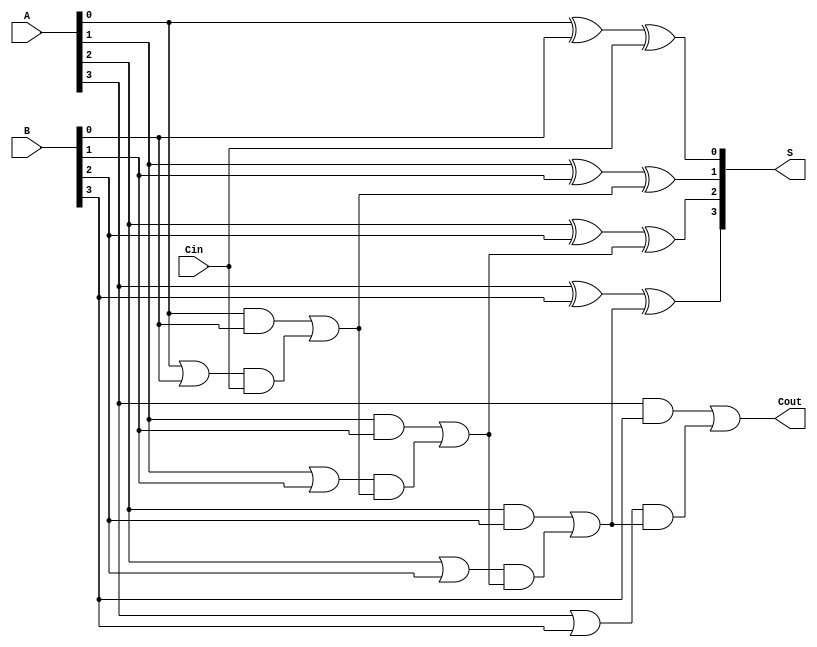
module SklanskyAdder #(parameter n = 4) (
    input [n-1:0] A,
    input [n-1:0] B,
    input Cin,
    output [n-1:0] S,
    output Cout
);

    // Generate and Propagate signals
    wire [n-1:0] G; // Generate
    wire [n-1:0] P; // Propagate
    wire [n:0] C;   // Carry

    // Generate and Propagate calculations
    genvar i;
    generate
        for (i = 0; i < n; i = i + 1) begin : gen_prop
            assign G[i] = A[i] & B[i];
            assign P[i] = A[i] | B[i];
        end
    endgenerate

    // Carry calculations
    assign C[0] = Cin; // Initial carry
    generate
        for (i = 0; i < n; i = i + 1) begin : carry_gen
            if (i == 0) begin
                assign C[i + 1] = G[i] | (P[i] & C[i]);
            end else begin
                assign C[i + 1] = G[i] | (P[i] & C[i]);
            end
        end
    endgenerate

    // Sum calculation
    generate
        for (i = 0; i < n; i = i + 1) begin : sum_calc
            assign S[i] = A[i] ^ B[i] ^ C[i];
        end
    endgenerate

    // Carry out
    assign Cout = C[n];

endmodule